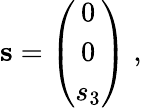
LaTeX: {\mathbf s}=\left(\begin{array}{c}{{0}}\\ {{0}}\\ {{s_{3}}}\end{array}\right)\; ,